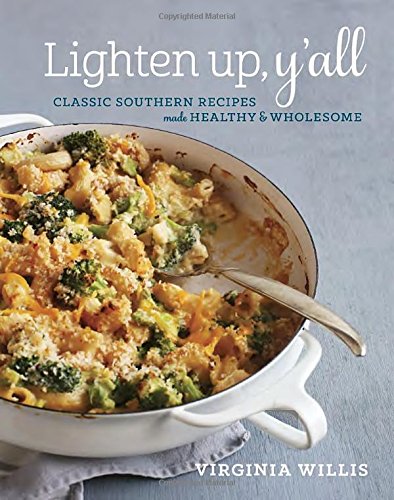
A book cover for Lighten Up, Y'all: Classic Southern Recipes Made Healthy and Wholesome; Virginia Willis; Cookbooks, Food & Wine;